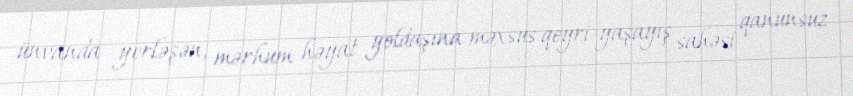
ünvanda yerləşən, mərhum həyat yoldaşına məxsus qeyri-yaşayış sahəsi qanunsuz